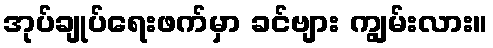
အုပ်ချုပ်ရေးဖက်မှာ ခင်ဗျား ကျွမ်းလား။